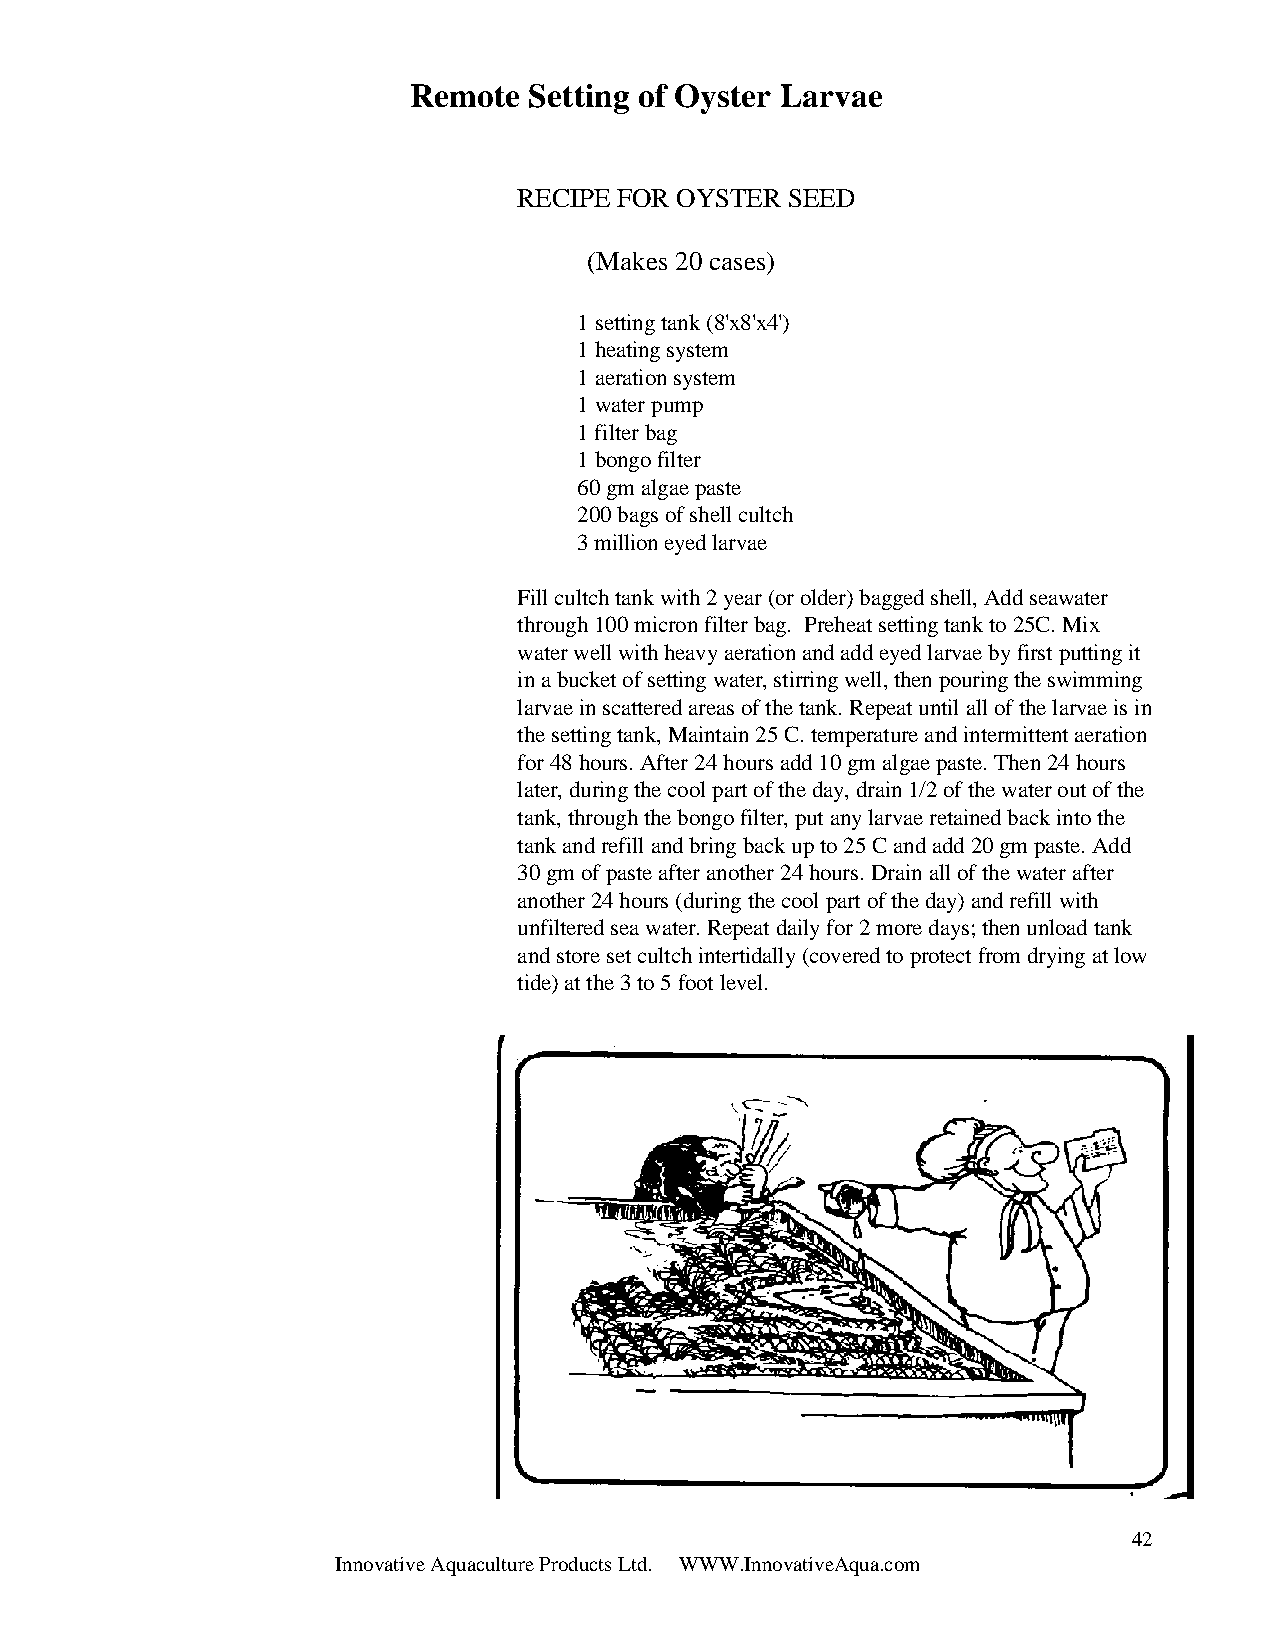
Remote  Setting of Oyster Larvae
 RECIPE FOR OYSTER SEED
 (Makes 20 cases)
 1 setting tank (8'x8'x4')
 1 heating system
 1 aeration system
 1 water pump
 1 filter bag
 1 bongo filter
 60 gm algae paste
 200 bags of shell cultch
 3 million eyed larvae
 Fill cultch tank with 2 year (or older) bagged shell, Add seawater
 through 100 micron filter bag. Preheat setting tank to 25C. Mix
 water well with heavy aeration and add eyed larvae by first putting it
 in a bucket of setting water, stirring well, then pouring the swimming
 larvae in scattered areas of the tank. Repeat until all of the larvae is in
 the setting tank, Maintain 25 C. temperature and intermittent aeration
 for 48 hours. After 24 hours add 10 gm algae paste. Then 24 hours
 later, during the cool part of the day, drain 1/2 of the water out of the
 tank, through the bongo filter, put any larvae retained back into the
 tank and refill and bring back up to 25 C and add 20 gm paste. Add
 30 gm of paste after another 24 hours. Drain all of the water after
 another 24 hours (during the cool part of the day) and refill with
 unfiltered sea water. Repeat daily for 2 more days; then unload tank
 and store set cultch intertidally (covered to protect from drying at low
 tide) at the 3 to 5 foot level.
 42
 Innovative Aquaculture Products Ltd. WWW.InnovativeAqua.com